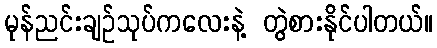
မုန်ညင်းချဉ်သုပ်ကလေးနဲ့ တွဲစားနိုင်ပါတယ်။